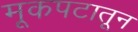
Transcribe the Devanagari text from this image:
मूकपटातून